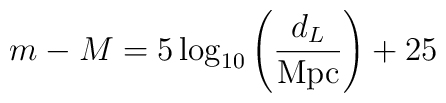
m- M  = 5 \log_{10}\left( \frac{d_L}{{\rm Mpc}} \right)+ 25